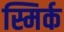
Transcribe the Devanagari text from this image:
स्मिर्क